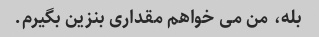
بله، من می خواهم مقداری بنزین بگیرم.